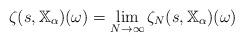
LaTeX: \begin{gather*}\zeta(s,\mathbb{X}_\alpha)(\omega)= \lim_{N \to\infty} \zeta_N(s,\mathbb{X}_\alpha)(\omega)\end{gather*}